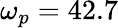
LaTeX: \omega_{p}=42.7